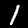
Label: 1